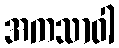
အကသာဝါ